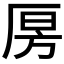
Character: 𰆝